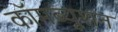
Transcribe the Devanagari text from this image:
कॉमब्यूशन